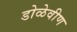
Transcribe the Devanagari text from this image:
डोळेवीण